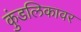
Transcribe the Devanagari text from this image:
कुंडलिकावर